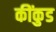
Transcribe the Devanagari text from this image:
कींकुड